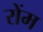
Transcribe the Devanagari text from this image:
रोंम